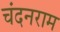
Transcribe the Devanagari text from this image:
चंदनराम